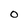
Character: 0